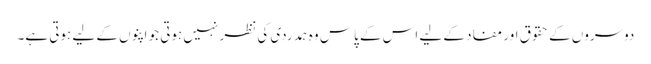
دوسروں کے حقوق اور مفاد کے لیے اس کے پاس وہ ہمدردی کی نظر نہیں ہوتی جو اپنوں کے لیے ہوتی ہے۔